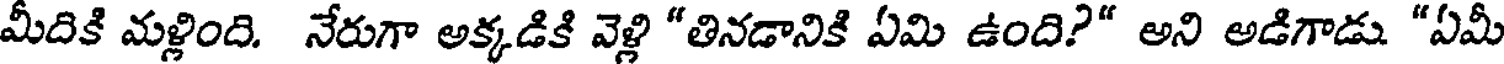
మీదికి మళ్లింది. నేరుగా అక్కడికి వెళ్లి "తినడానికి ఏమి ఉంది?" అని అడిగాడు "ఏమీ